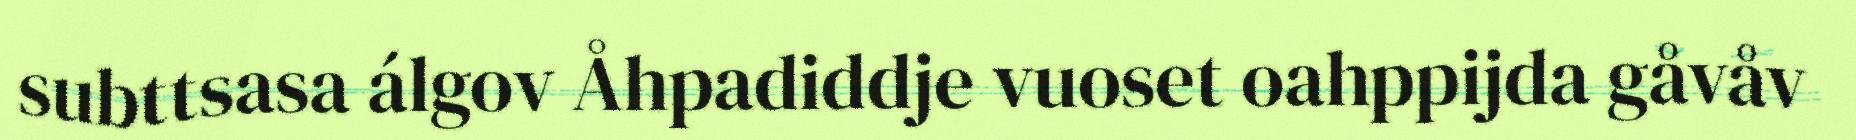
subttsasa álgov Åhpadiddje vuoset oahppijda gåvåv